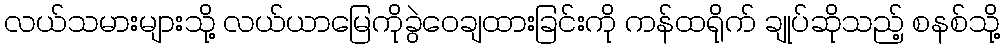
လယ်သမားများသို့ လယ်ယာမြေကိုခွဲဝေချထားခြင်းကို ကန်ထရိုက် ချုပ်ဆိုသည့် စနစ်သို့